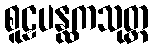
စူဠပန္ထကသုတ္တ